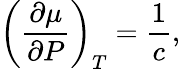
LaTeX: \left(\frac{\partial\mu}{\partial P}\right)_{T}=\frac{1}{c},